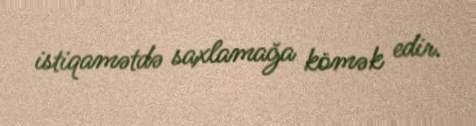
istiqamətdə saxlamağa kömək edir.